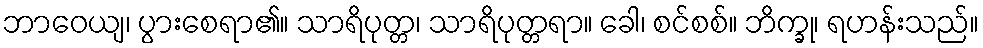
ဘာဝေယျ၊ ပွားစေရာ၏။ သာရိပုတ္တ၊ သာရိပုတ္တရာ။ ခေါ၊ စင်စစ်။ ဘိက္ခု၊ ရဟန်းသည်။